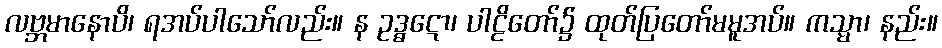
လဗ္ဘမာနောပိ၊ ရအပ်ပါသော်လည်း။ န ဥဒ္ဓဋော၊ ပါဠိတော်၌ ထုတ်ပြတော်မမူအပ်။ ကသ္မာ၊ နည်း။